Scottish Leaving Certificate Examination, 1951
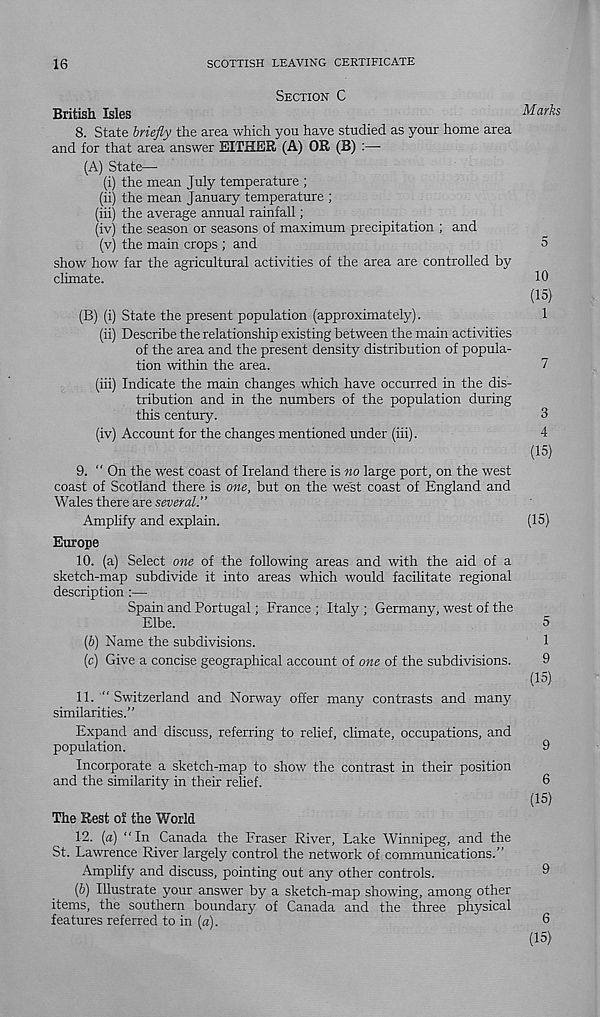
16
SCOTTISH LEAVING CERTIFICATE
SECTION C
British Isles
Mar^s
8.
State briefly the area which you have studied as you
and for that area answer EITHER (A) OR (B) :—
(A) State—•
(i) the mean July temperature ;
(ii) the mean January temperature ;
(iii) the average annual rainfall;
(iv) the season or seasons of maximum precipitation ; and
(v) the main crops ; and
5
show how far the agricultural activities of the area are controlled by
climate.
10
(15)
(B) (i) State the present population (approximately).
1
(ii) Describe the relationship existing between the main activities
of the area and the present density distribution of popula-
tion within the area.
7
(iii) Indicate the main changes which have occurred in the dis-
tribution and in the numbers of the population during
this century.
3
(iv) Account for the changes mentioned under (iii).
4
(15)
9. “ On the west coast of Ireland there is no large port, on the west
coast of Scotland there is one, but on the west coast of England and
Wales there are seueraZ.”
Amplify and explain.
(15)
Europe
10. (a) Select one of the following areas and with the aid of a
sketch-map subdivide it into areas which would facilitate regional
description :—
Spain and Portugal; France ; Italy ; Germany, west of the
Elbe.
5
(b) Name the subdivisions.
1
(c) Give a concise geographical account of one of the subdivisions.
9
(15)
11. “Switzerland and Norway offer many contrasts and many
similarities."
Expand and discuss, referring to relief, climate, occupations, and
population.
9
Incorporate a sketch-map to show the contrast in their position
and the similarity in their relief.
6
(15)
The Rest of the World
12. [a) “In Canada the Fraser River, Lake Winnipeg, and the
St. Lawrence River largely control the network of communications."
Amplify and discuss, pointing out any other controls.
9
(5) Illustrate your answer by a sketch-map showing, among other
items, the southern boundary of Canada and the three physical
features referred to in [a).
6
(15)